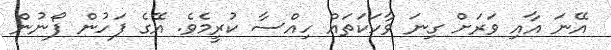
އޭނަ އާއި ވަރަށް ގިނަ ވާހަކަތައް ހިއްސާ ކުރީމެވެ. އޭގެ ފަހުން ފޯނުން